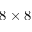
8 \times 8